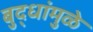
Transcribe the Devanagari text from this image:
बुद्धांमुळे